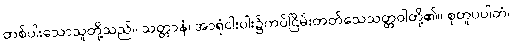
တစ်ပါးသောသူတို့သည်။ သတ္တာနံ၊ အာရုံငါးပါး၌ကပ်ငြိမ်းတတ်သေသတ္တဝါတို့၏။ စုတူပပါတံ၊